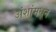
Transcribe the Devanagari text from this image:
अंशांमधून